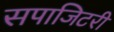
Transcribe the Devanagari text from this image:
सपाजिटरी